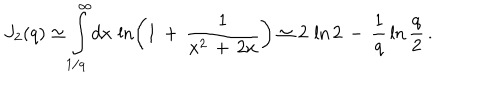
LaTeX: J _ { 2 } ( q ) \simeq \int _ { 1 / q } ^ { \infty } \! d x \, \ln \left( 1 \, + \, \frac { 1 } { x ^ { 2 } \, + \, 2 x } \right) \simeq 2 \, \ln 2 \, - \, \frac { 1 } { q } \, \ln \frac { q } { 2 } \, { . }